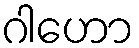
ဂါဟော